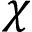
\chi